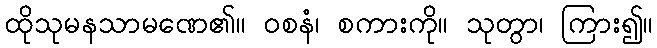
ထိုသုမနသာမဏေ၏။ ဝစနံ၊ စကားကို။ သုတွာ၊ ကြား၍။